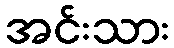
အင်းသား